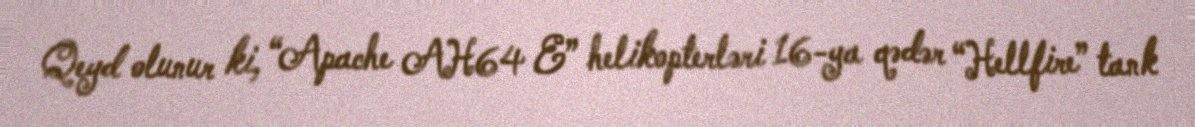
Qeyd olunur ki, “Apache AH64 E” helikopterləri 16-ya qədər “Hellfire” tank